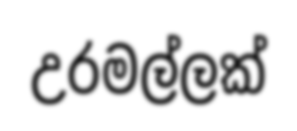
උරමල්ලක්